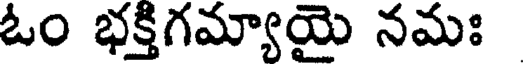
ఓం భక్తిగమ్యాయై నమః